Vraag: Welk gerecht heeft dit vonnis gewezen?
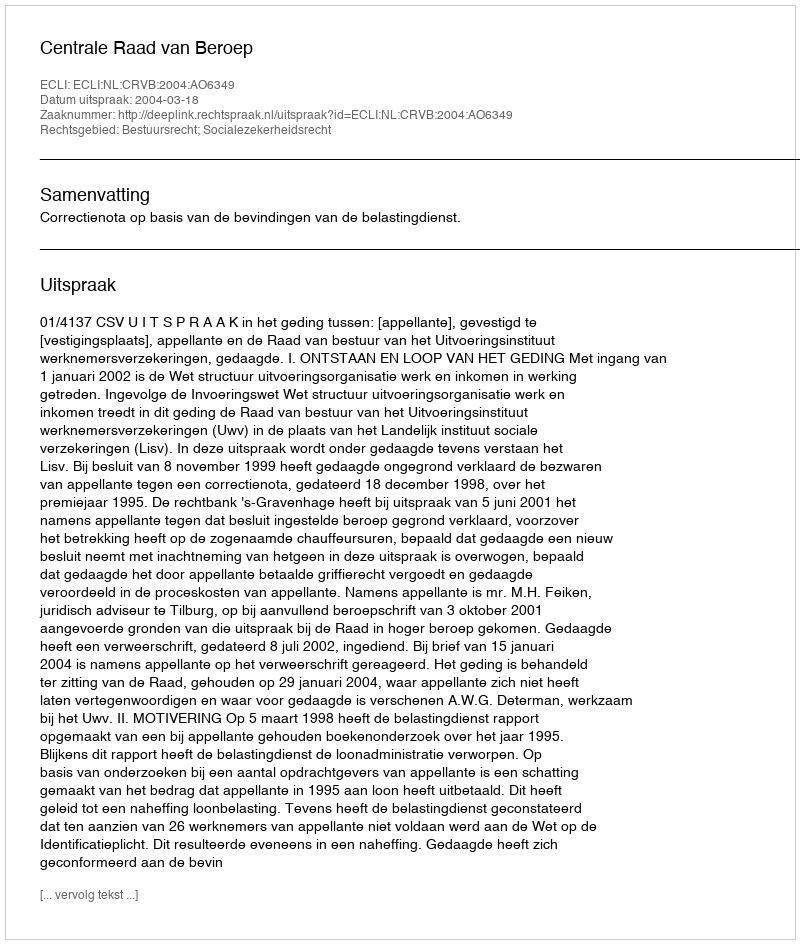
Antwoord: Centrale Raad van Beroep